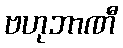
ဗဟုဘာဏီ